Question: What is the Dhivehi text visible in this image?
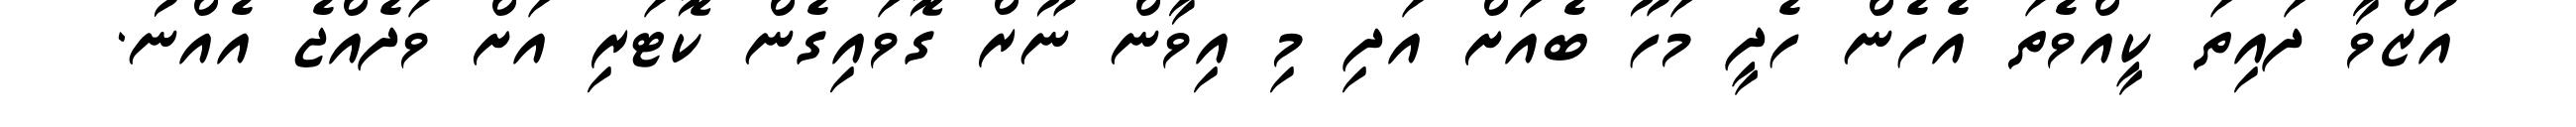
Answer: އުޒްވާ ދައިތަ ކީއްވެތަ އެހެން ހެދީ މަހޫ ބެއަށް އަދި މި އިވާން ނޫރް ގޮވައިގެން ކޮޓަރި އަށް ވަދެއްޖެ އެއްނު.